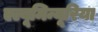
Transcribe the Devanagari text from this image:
एल्बूमिन्यूरिया